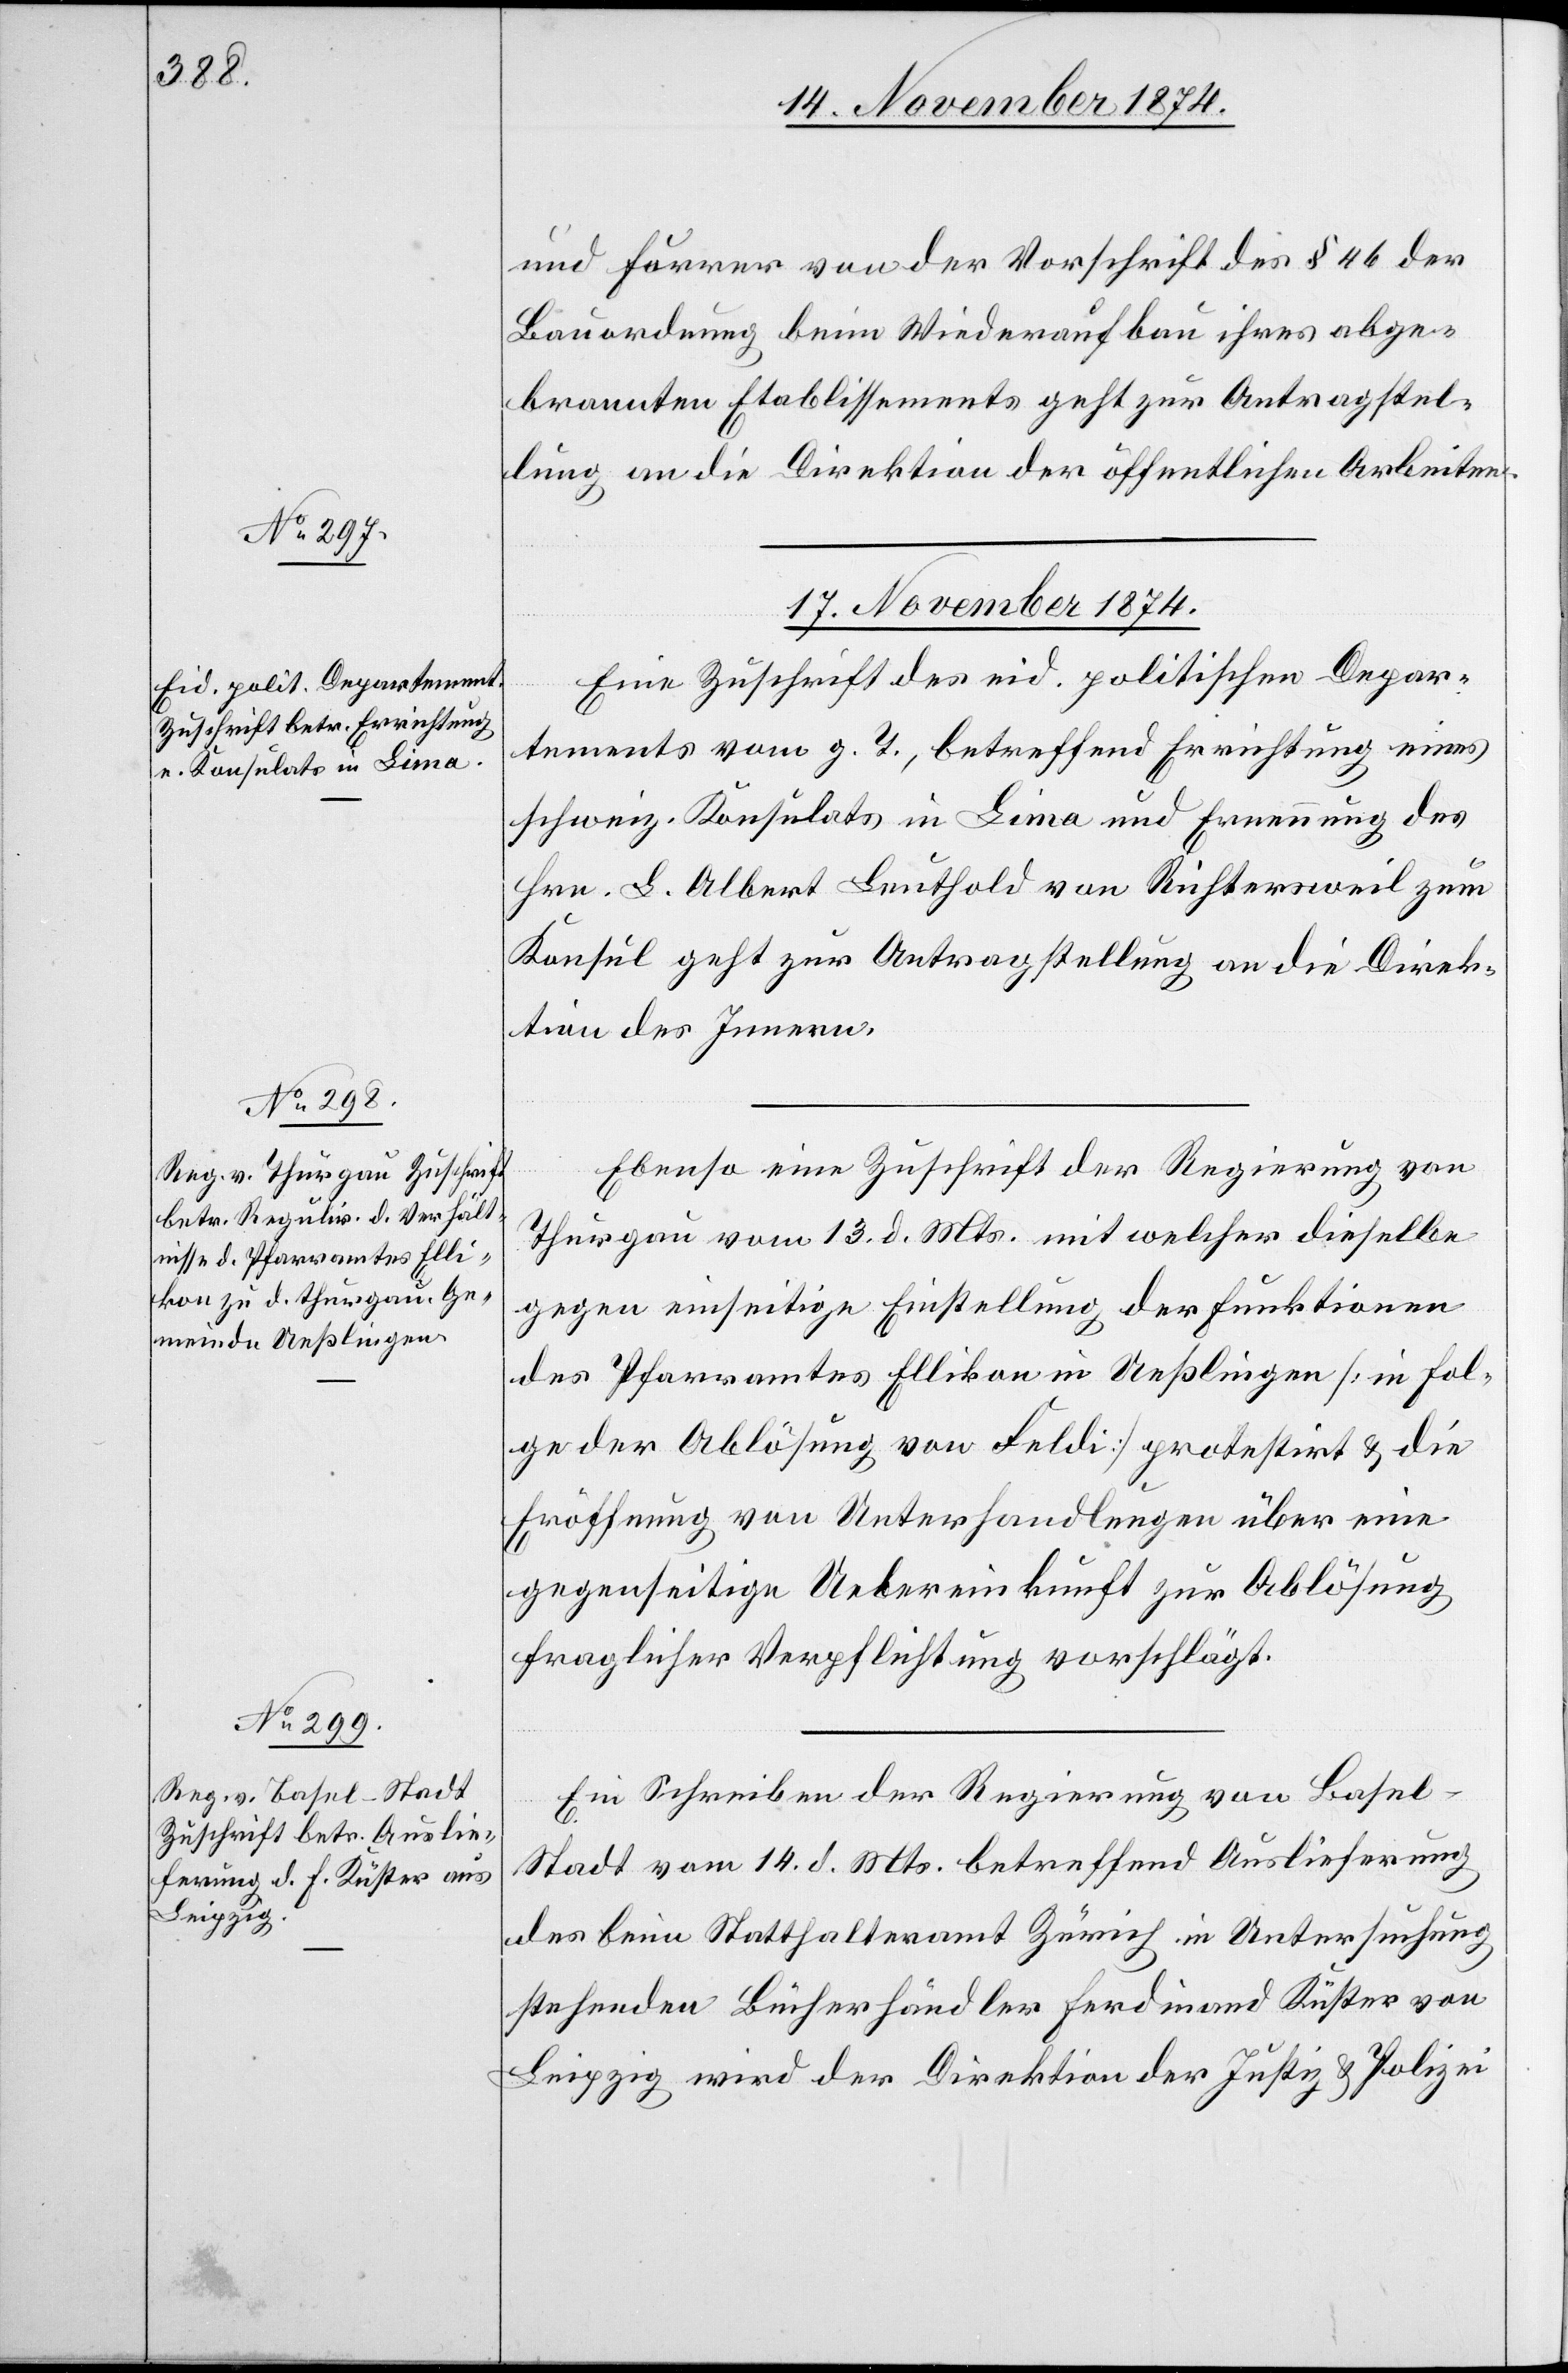
und Forrer von der Vorschrift des § 46 der
Bauordnung beim Wiederaufbau ihres abge¬
brannten Etablissements geht zur Antragstel¬
lung an die Direktion der öffentlichen Arbeiten.
17. November 1874.]
Eine Zuschrift des eid. politischen Depar¬
tements vom g. T., betreffend Errichtung eines
schweiz. Konsulats in Lima und Ernennung des
Hrn. L. Albert Leuthold von Richtersweil zum
Konsul geht zur Antragstellung an die Direk¬
tion des Innern.
Ebenso eine Zuschrift der Regierung von
Thurgau vom 13. d. Mts. mit welcher dieselbe
gegen einseitige Einstellung der Funktionen
des Pfarramtes Ellikon in Ueßlingen [in Fol¬
ge der Ablösung von Feldi] protestirt & die
Eröffnung von Unterhandlungen über eine
gegenseitige Uebereinkunft zur Ablösung
fraglicher Verpflichtung vorschlägt.
Ein Schreiben der Regierung von Base¬
l-Stadt vom 14. d. Mts. betreffend Auslieferung
des beim Statthalteramt Zürich in Untersuchung
stehenden Bücherhändler Ferdinand Küster von
Leipzig wird der Direktion der Justiz & Polizei